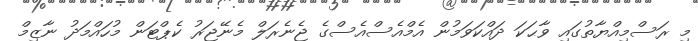
މި ރަސްމިއްޔާތުގައި ވާޙަކަ ދައްކަވަމުން އެމްއެސްއެސްގެ ޖެނެރަލް މެނޭޖަރު ކެޕްޓަން މުހައްމަދު ނާޒިމް